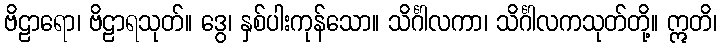
ဗိဠာရော၊ ဗိဠာရသုတ်။ ဒွေ၊ နှစ်ပါးကုန်သော။ သိင်္ဂါလကာ၊ သိင်္ဂါလကသုတ်တို့။ ဣတိ၊